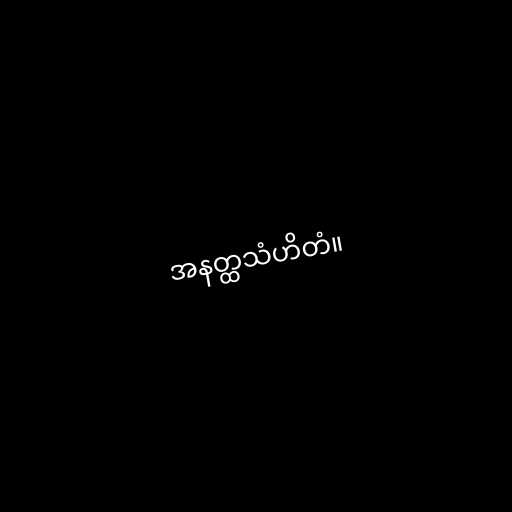
အနတ္ထသံဟိတံ။